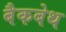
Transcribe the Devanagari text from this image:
बैकबेथ